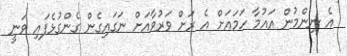
އެ ނިންމުން އައުމާ ހަމައަށް އެ ރަށް ވަރުވާއަށް ނަގައިގެން ގެންގުޅެފައި ވަނީ